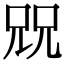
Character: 㒭